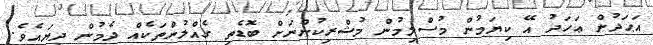
އަޙަދުން ޢަހަދު އޭ ކިޔަމުން މުސްލިމުން މުޝްރިކުންނަށް ބޮޑެތި ގެއްލުންތަކެއް ދެމުން ދިޔައެވެ.